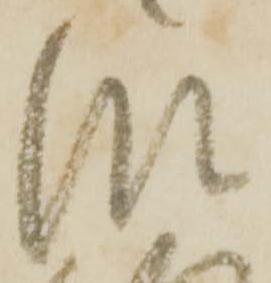
段